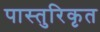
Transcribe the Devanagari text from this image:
पास्तुरिकृत